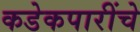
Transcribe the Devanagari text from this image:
कडेकपारींचे